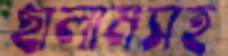
ছালামসহ